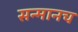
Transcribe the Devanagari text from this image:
सन्मानच